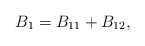
\begin{align*} B_1=B_{11}+B_{12},\end{align*}